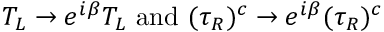
T _ { L } \to e ^ { i \beta } T _ { L } { \mathrm { ~ a n d ~ } } ( \tau _ { R } ) ^ { c } \to e ^ { i \beta } ( \tau _ { R } ) ^ { c }